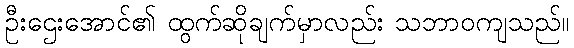
ဦးဌေးအောင်၏ ထွက်ဆိုချက်မှာလည်း သဘာဝကျသည်။